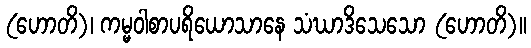
(ဟောတိ)၊ ကမ္မဝါစာပရိယောသာနေ သံဃာဒိသေသော (ဟောတိ)။